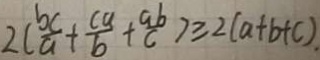
2 ( \frac { b c } { a } + \frac { c a } { b } + \frac { a b } { c } ) \geq 2 ( a + b + c )